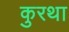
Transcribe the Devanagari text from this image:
कुरथा